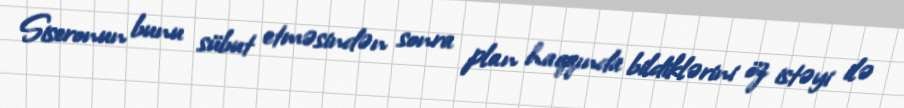
Siseronun bunu sübut etməsindən sonra plan haqqında bildiklərini öz istəyi ilə